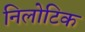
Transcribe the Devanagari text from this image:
निलोटिक